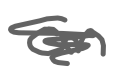
Text: an
Cross-out: scratch
Writing tool: digital_gray